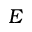
E